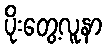
ပိုးတွေ့လူနာ